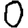
Digit: 0